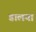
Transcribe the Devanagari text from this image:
डालया